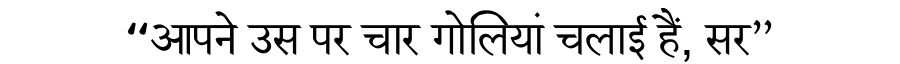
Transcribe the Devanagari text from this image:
“आपने उस पर चार गोलियां चलाई हैं, सर”